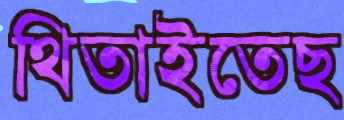
থিতাইতেছ